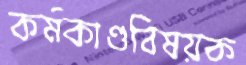
কর্মকাণ্ডবিষয়ক